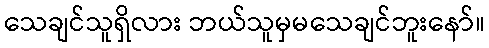
သေချင်သူရှိလား ဘယ်သူမှမသေချင်ဘူးနော်။